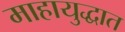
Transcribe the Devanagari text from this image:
माहायुद्धात